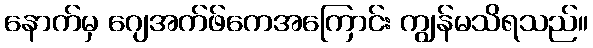
နောက်မှ ဂျေအက်ဖ်ကေအကြောင်း ကျွန်မသိရသည်။